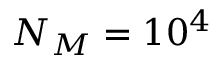
N _ { M } = 1 0 ^ { 4 }